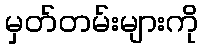
မှတ်တမ်းများကို